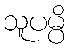
သူပမ္ပိ